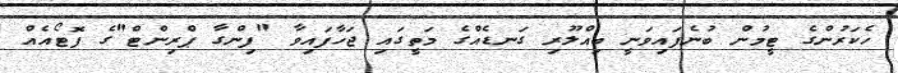
ހެކަރުންގެ ޓީމުން ބުނެފައިވަނީ ބިއްލޫރި ގަނޑެއްގެ މަތީގައި ޖަހާފައިވާ "ފިންގާ ޕްރިންޓް"ގެ ފޮޓޯއެއް